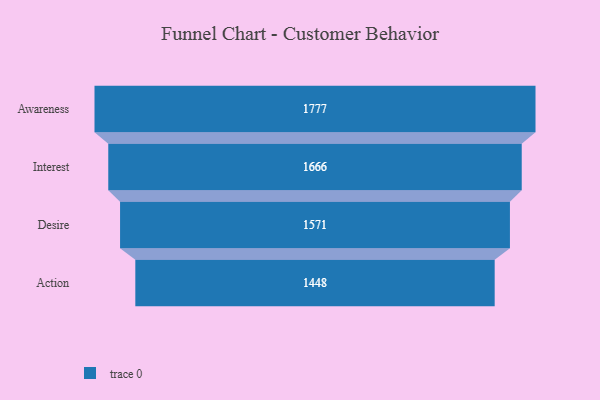
{"axis": {"x": "Stage", "y": "Value"}, "legend": [""], "data": [{"x": "Awareness", "y": 1777.0, "type": ""}, {"x": "Interest", "y": 1666.0, "type": ""}, {"x": "Desire", "y": 1571.0, "type": ""}, {"x": "Action", "y": 1448.0, "type": ""}]}